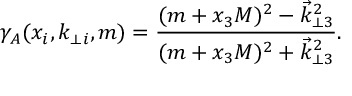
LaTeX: \gamma _ { A } ( x _ { i } , k _ { \perp i } , m ) = \frac { ( m + x _ { 3 } { \cal M } ) ^ { 2 } - \vec { k } _ { \perp 3 } ^ { 2 } } { ( m + x _ { 3 } { \cal M } ) ^ { 2 } + \vec { k } _ { \perp 3 } ^ { 2 } } .